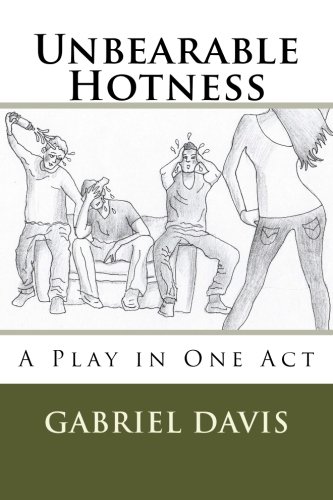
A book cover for Unbearable Hotness; Gabriel Davis; Humor & Entertainment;